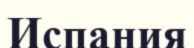
Испания